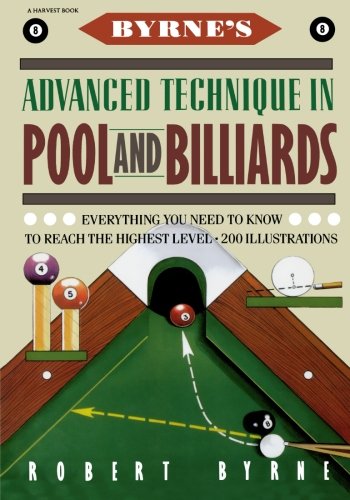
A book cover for Byrne's Advanced Technique in Pool and Billiards; Robert Byrne; Sports & Outdoors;